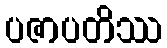
ပဇာပတိဿ